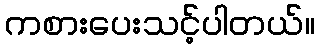
ကစားပေးသင့်ပါတယ်။